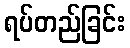
ရပ်တည်ခြင်း